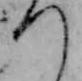
つ